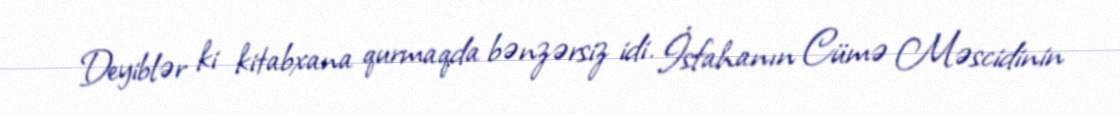
Deyiblər ki kitabxana qurmaqda bənzərsiz idi. İsfahanın Cümə Məscidinin